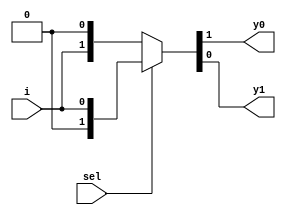
`timescale 1ns / 1ps

module demux_1_2(
    input sel,
    input i,
    output y0, y1
    );    
    assign {y0,y1} = sel?{1'b0,i}: {i,1'b0};
endmodule

module demux_nor(
    input a, b,
    output nor_g
    );
        wire w;
        
    demux_1_2 norgate(b, ~a, nor_g, w);
endmodule